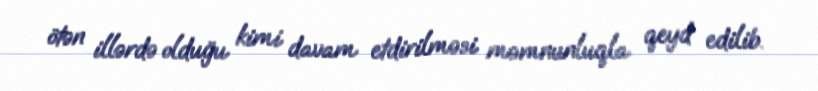
ötən illərdə olduğu kimi davam etdirilməsi məmnunluqla qeyd edilib.